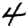
Digit: 4